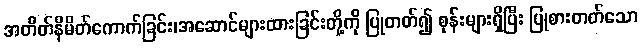
အတိတ်နိမိတ်ကောက်ခြင်း၊အဆောင်များထားခြင်းတို့ကို ပြုတတ်၍ စုန်းများရှိပြီး ပြုစားတတ်သော